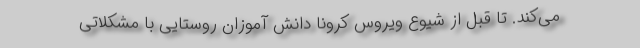
می‌کند. تا قبل از شیوع ویروس کرونا دانش آموزان روستایی با مشکلاتی